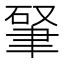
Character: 𱻿